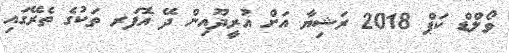
ވޯލްޑް ކަޕް 2018 ރަޝިޔާ އަށް އުރީދޫއިން ދޭ އޮފަރ ތަކުގެ ތެރޭގައި